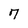
Character: 7